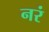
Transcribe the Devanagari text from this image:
नरं